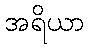
အရိယာ